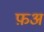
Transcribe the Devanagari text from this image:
फ़अ